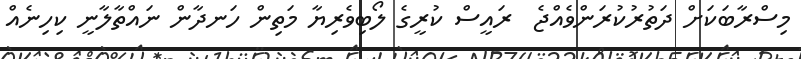
މިސްރާބަކަށް ދަތުރުކުރަންވެއްޖެ  ރައީސް ކުރީގެ ލޯބިވެރިޔާ މަތިން ހަނދާން ނައްތާލާނީ ކިހިނެއް